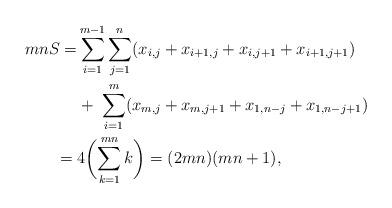
LaTeX: \begin{align*}mnS = &\sum_{i=1}^{m-1} \sum_{j=1}^{n} ( x_{i,j} + x_{i+1,j} + x_{i,j+1} + x_{i+1,j+1}) \\ &+ \; \sum_{i=1}^{m} ( x_{m,j} + x_{m,j+1} + x_{1,n-j} + x_{1,n-j+1}) \; \\ = \; &4\biggl( \sum_{k=1}^{mn} k \biggr) = (2mn)(mn+1),\end{align*}